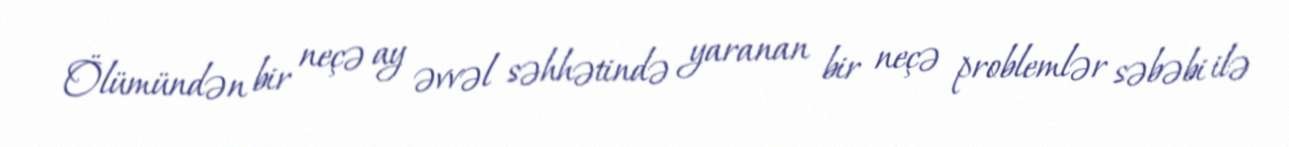
Ölümündən bir neçə ay əvvəl səhhətində yaranan bir neçə problemlər səbəbi ilə